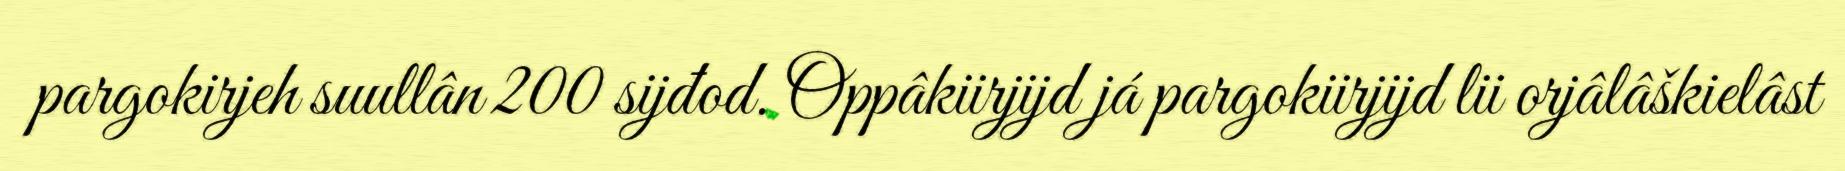
pargokirjeh suullân 200 sijđod. Oppâkiirjijd já pargokiirjijd lii orjâlâškielâst